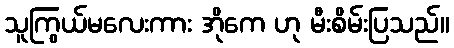
သူကြွယ်မလေးကား အိုကေ ဟု မီးစိမ်းပြသည်။